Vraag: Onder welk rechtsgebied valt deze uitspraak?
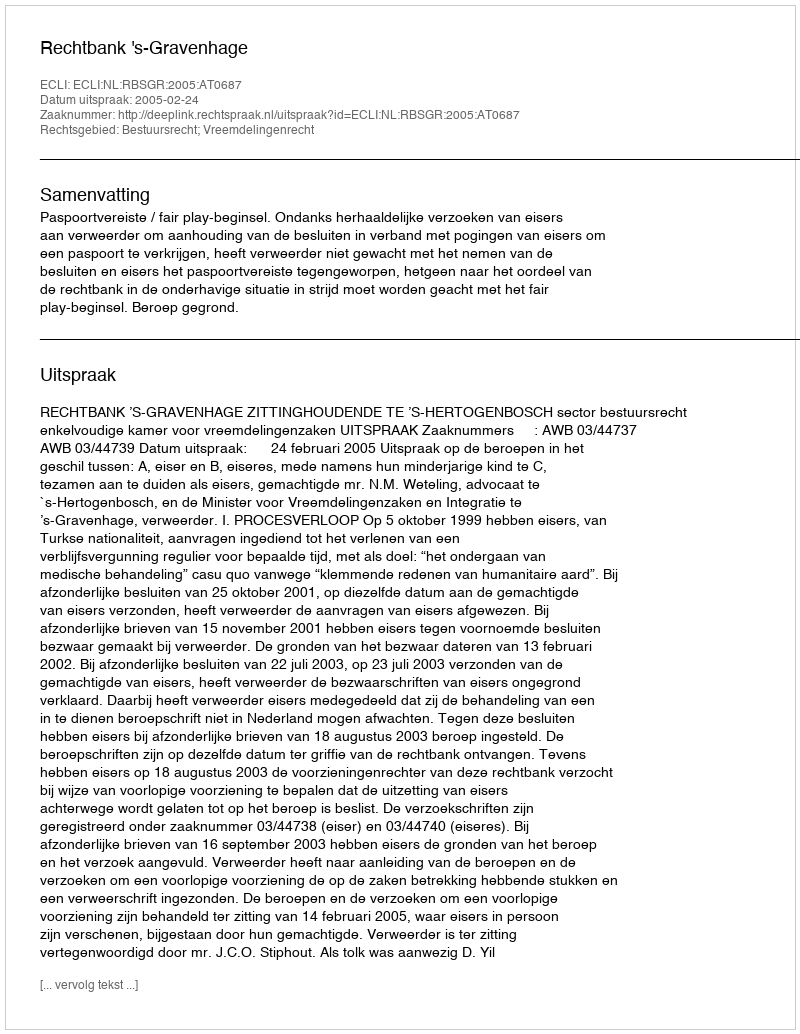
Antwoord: Bestuursrecht; Vreemdelingenrecht